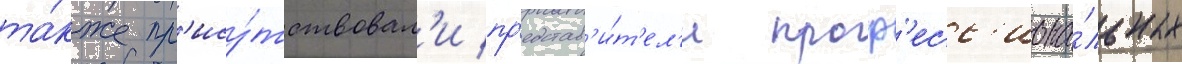
та́кже пр'ису́тствовал'и пр'едстав'и́т'ел'и проф'есс'иона́льных